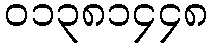
၀၁၃၈၁၄၄၈